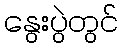
နွေးပွဲတွင်